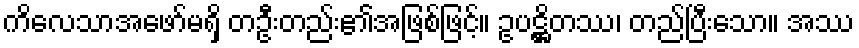
ကိလေသာအဖော်မရှိ တဦးတည်း၏အဖြစ်ဖြင့်။ ဥပဋ္ဌိတဿ၊ တည်ပြီးသော။ အဿ